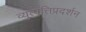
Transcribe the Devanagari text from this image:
व्युत्पत्तिप्रदर्शन